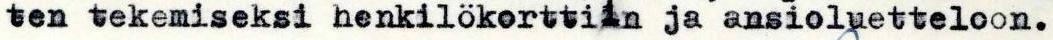
ten tekemiseksi henkilökorttiin ja ansioluetteloon.